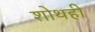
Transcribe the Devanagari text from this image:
शोथही